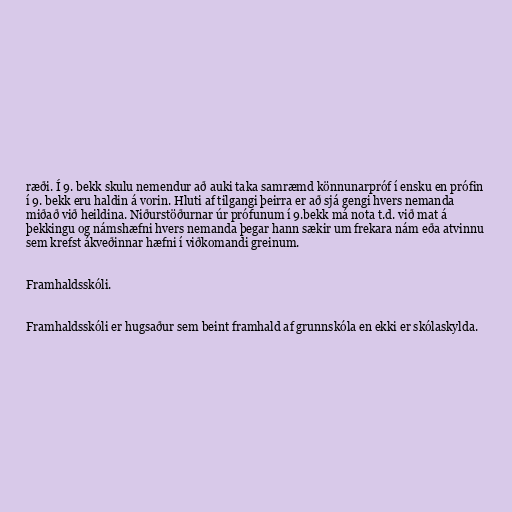
ræði. Í 9. bekk skulu nemendur að auki taka samræmd könnunarpróf í ensku en prófin
í 9. bekk eru haldin á vorin. Hluti af tilgangi þeirra er að sjá gengi hvers nemanda
miðað við heildina. Niðurstöðurnar úr prófunum í 9.bekk má nota t.d. við mat á
þekkingu og námshæfni hvers nemanda þegar hann sækir um frekara nám eða atvinnu
sem krefst ákveðinnar hæfni í viðkomandi greinum.

Framhaldsskóli.

Framhaldsskóli er hugsaður sem beint framhald af grunnskóla en ekki er skólaskylda.